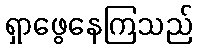
ရှာဖွေနေကြသည်